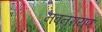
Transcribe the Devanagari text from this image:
नवनरायण